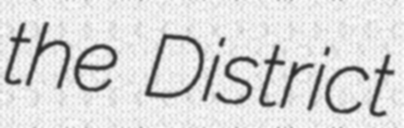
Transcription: the District